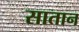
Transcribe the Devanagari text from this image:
सातान